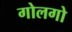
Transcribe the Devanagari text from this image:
गोलगो